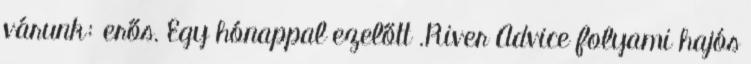
várunk: erős. Egy hónappal ezelőtt .River Advice folyami hajós